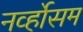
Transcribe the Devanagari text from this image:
नर्व्होसम